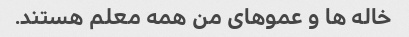
خاله ها و عموهای من همه معلم هستند.